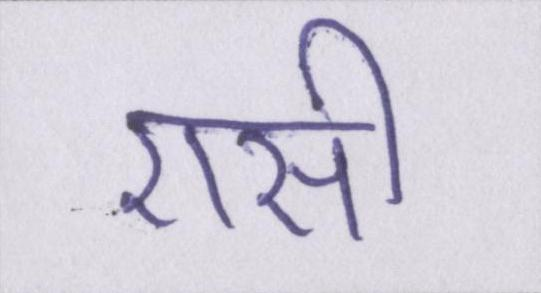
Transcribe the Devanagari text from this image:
एसी